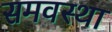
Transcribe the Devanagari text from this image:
समवस्था